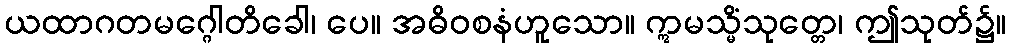
ယထာဂတမဂ္ဂေါတိခေါ၊ ပေ။ အဓိဝစနံဟူသော။ ဣမသ္မိံသုတ္တေ၊ ဤသုတ်၌။